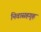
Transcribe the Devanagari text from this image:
निवासहगृह